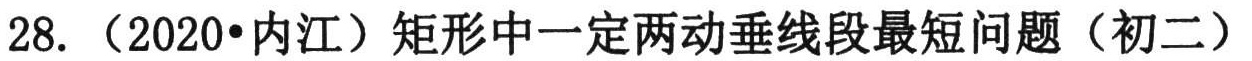
28. （2020•内江）矩形中一定两动垂线段最短问题（初二）